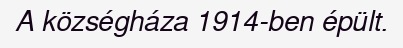
A községháza 1914-ben épült.